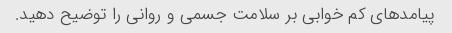
پیامدهای کم خوابی بر سلامت جسمی و روانی را توضیح دهید.